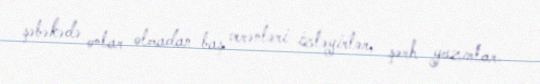
şəbəkədə onlar olmadan baş verənləri izləyirlər, şərh yazırlar.